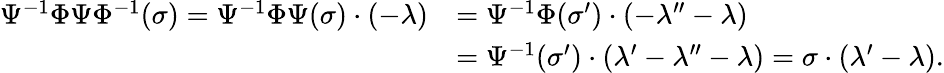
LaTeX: \begin{array}{rl}{\Psi^{-1}\Phi\Psi\Phi^{-1}(\sigma)=\Psi^{-1}\Phi\Psi(\sigma)\cdot(-\lambda)}&{=\Psi^{-1}\Phi(\sigma^{\prime})\cdot(-\lambda^{\prime\prime}-\lambda)}\\ &{=\Psi^{-1}(\sigma^{\prime})\cdot(\lambda^{\prime}-\lambda^{\prime\prime}-\lambda)=\sigma\cdot(\lambda^{\prime}-\lambda).}\end{array}